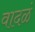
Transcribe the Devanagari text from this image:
वादळं